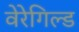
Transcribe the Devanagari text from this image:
वेरेगिल्ड